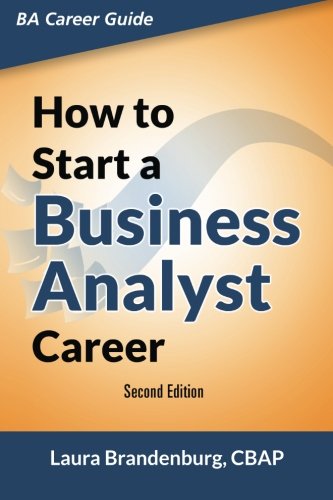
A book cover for How to Start a Business Analyst Career: The handbook to apply business analysis techniques,  select requirements training, and explore job roles ... career (Business Analyst Career Guide); Laura Brandenburg; Computers & Technology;